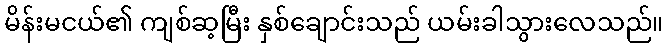
မိန်းမငယ်၏ ကျစ်ဆ့မြီး နှစ်ချောင်းသည် ယမ်းခါသွားလေသည်။